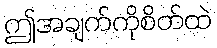
ဤအချက်ကိုစိတ်ထဲ